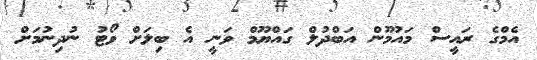
އެމްގެ ރައީސް މައުމޫން އަބްދުލް ގައްޔޫމް ވަނީ އެ ބިލަށް ވޯޓު ނުދިނުމަށް